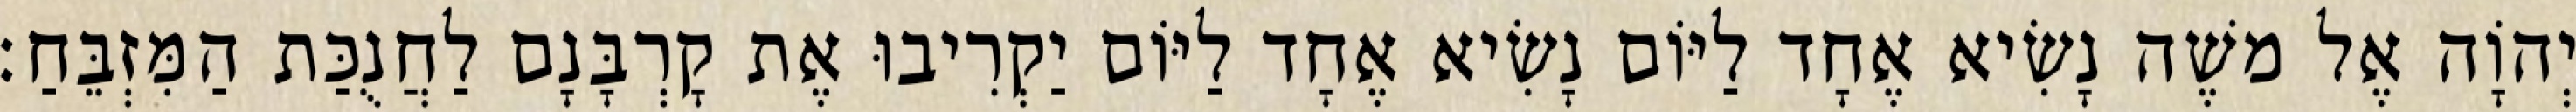
יְהוָֹה אֶל משֶׁה נָשִׂיא אֶחָד לַיּוֹם נָשִׂיא אֶחָד לַיּוֹם יַקְרִיבוּ אֶת קָרְבָּנָם לַחֲנֻכַּת הַמִּזְבֵּחַ׃